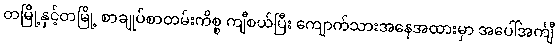
တမြို့နှင့်တမြို့ စာချုပ်စာတမ်းကိစ္စ ကျီစယ်ပြီး ကျောက်သားအနေအထားမှာ အပေါ်အင်္ကျီ